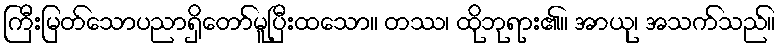
ကြီးမြတ်သောပညာရှိတော်မူပြီးထသော။ တဿ၊ ထိုဘုရား၏။ အာယု၊ အသက်သည်။